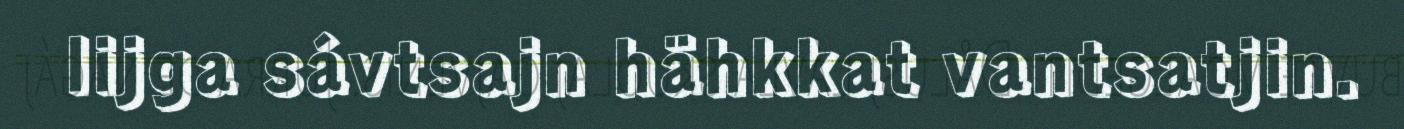
lijga sávtsajn hähkkat vantsatjin.